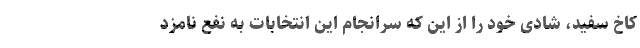
کاخ سفید، شادی خود را از این که سرانجام این انتخابات به نفع نامزد